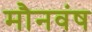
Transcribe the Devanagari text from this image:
मौनवंष